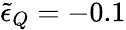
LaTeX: \tilde{\epsilon}_{Q}=-0.1